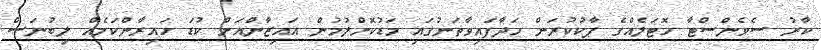
ކާރު ސެވެންސްޓާ ހޮޓަލެއްގެ ޕާކުކުރަން ހަދާފައިވާތަނުގައި މަޑުކޮށްލުމުން އައިޒާންއަށް ކުޑަ ހައިރާންކަމެއް ލިބުނަސް